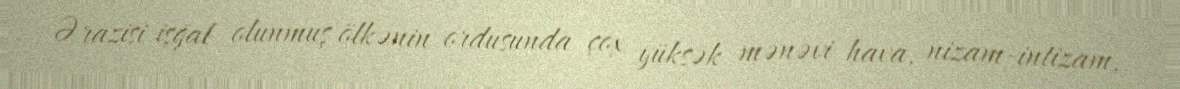
Ərazisi işğal olunmuş ölkənin ordusunda çox yüksək mənəvi hava, nizam-intizam,